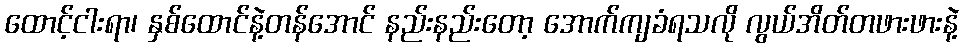
ထောင့်ငါးရာ၊ နှစ်ထောင်နဲ့တန်အောင် နည်းနည်းတော့ အောက်ကျခံရသလို လွယ်အိတ်တဖားဖားနဲ့